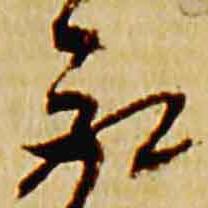
取